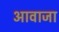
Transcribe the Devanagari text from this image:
आवाजा